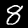
Label: 8